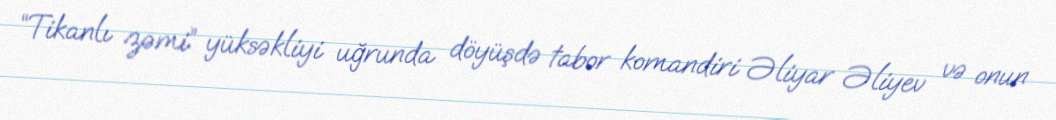
“Tikanlı zəmi” yüksəkliyi uğrunda döyüşdə tabor komandiri Əliyar Əliyev və onun